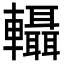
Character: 𨏴